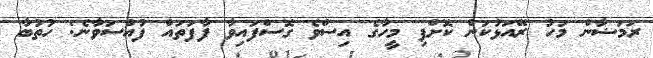
ރަމަޟާން މަހު ރޭއަޅުކަން ކޮށްފި މީހާގެ އިސްވެ ގޮސްފައިވާ ފާފަތައް ފުއްސަވާނެ: ހުތުބާ